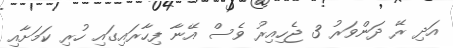
އަދި ރޭ ދަންވަރު 3 ޖެހިއިރު ވެސް އޭނާ ފިހާރައިގައި ހުރި ކަމަށާއި